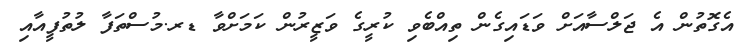
އެގޮތުން އެ ޖަލްސާއަށް ވަޑައިގެން ތިއްބެވި ކުރީގެ ވަޒީރުން ކަމަށްވާ ޑރ.މުސްތަފާ ލުތުފީއާއި